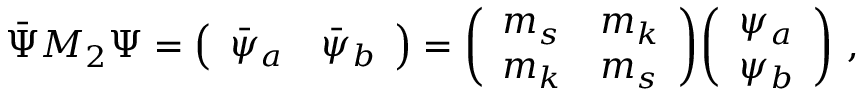
\bar { \Psi } M _ { 2 } \Psi = { \left( \begin{array} { l l } { { \bar { \psi } _ { a } } } & { { \bar { \psi } _ { b } } } \end{array} \right) = \left( \begin{array} { l l } { { m _ { s } } } & { { m _ { k } } } \\ { { m _ { k } } } & { { m _ { s } } } \end{array} \right) } { \left( \begin{array} { l } { { \psi _ { a } } } \\ { { \psi _ { b } } } \end{array} \right) } ~ ,